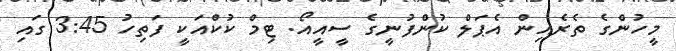
މީހުންގެ ތެރެއިން އެޕަލް ކުންފުނީގެ ސީއީއޯ. ޓިމް ކުކްއަކީ ފަތިހު 3:45 ގައި